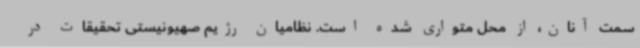
سمت آنان، از محل متواری شده است. نظامیان رژیم صهیونیستی تحقیقات در